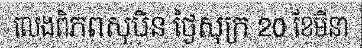
លេងពិភពសុបិន ថ្ងៃសុក្រ 20 ខែមីនា